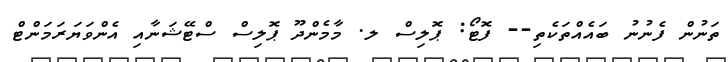
ތަނުން ފެނުނު ބައެއްތަކެތި-- ފޮޓޯ: ޕޮލިސް ލ. މާމެންދޫ ޕޮލިސް ސްޓޭޝަނާއި އެންވަޔަރަމަންޓް